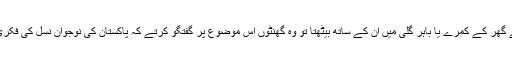
زمانہ طالب علمی میں،میں جب دھرمپورہ لاہور میں ان کے چھوٹے سے گھر کے کمرے یا باہر گلی میں ان کے ساتھ بیٹھتا تو وہ گھنٹوں اس موضوع پر گفتگو کرتے کہ پاکستان کی نوجوان نسل کی فکری اور نظریاتی تربیت کے لیے ریاستی سطح پر کوئی اہتمام کیوں نہ ہے۔